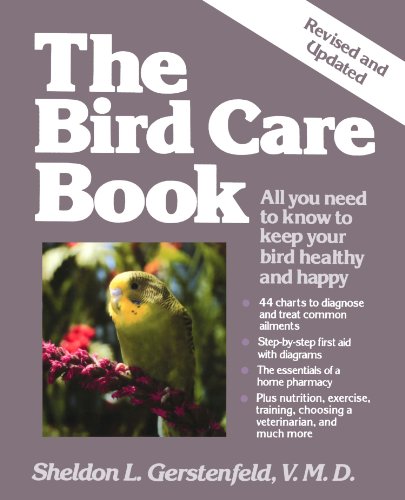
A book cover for The Bird Care Book; Sheldon L. Gerstenfeld; Medical Books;